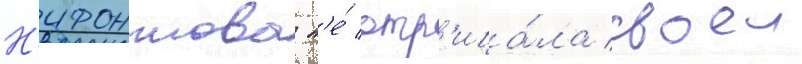
Н'ифонтова н'е́ отр'ица́ла своеи